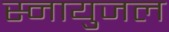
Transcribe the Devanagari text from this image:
स्नायुजल